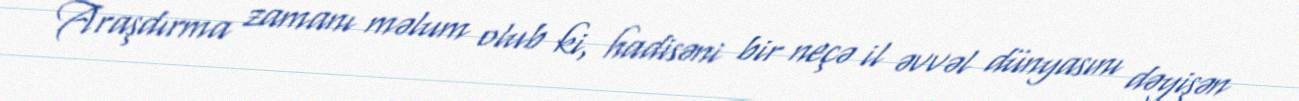
Araşdırma zamanı məlum olub ki, hadisəni bir neçə il əvvəl dünyasını dəyişən